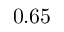
0 . 6 5